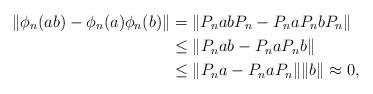
LaTeX: \begin{align*}\|\phi_n(ab)-\phi_n(a)\phi_n(b)\|&=\|P_nabP_n-P_naP_nbP_n\|\\ &\leq\|P_nab-P_naP_nb\|\\ &\leq\|P_na-P_naP_n\|\|b\|\approx 0, \end{align*}